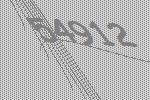
54912